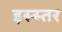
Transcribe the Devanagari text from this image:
इस्स्तर